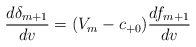
\begin{align*} \frac{d\delta_{m+1}}{dv}=(V_{m}-c_{+0})\frac{df_{m+1}}{dv}\end{align*}